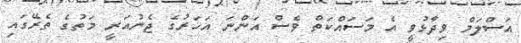
އަސްލަމް ވިދާޅުވީ އެ މަސައްކަތް ވެސް އަންނަ އަހަރުގެ ޖެނުއަރީ މަތުގެ ތެރޭގައި